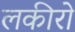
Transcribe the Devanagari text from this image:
लकीरो